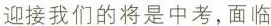
迎接我们的将是中考，面临